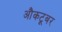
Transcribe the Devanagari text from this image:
औकटूबर